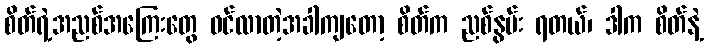
စိတ်ရဲ့အညစ်အကြေးတွေ ဝင်လာတဲ့အခါကျတော့ စိတ်က ညစ်နွမ်း ရတယ်၊ ဒါက စိတ်နဲ့